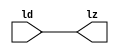

//------> /home/raid7_4/raid1_1/linux/mentor/Catapult/2023.2/Mgc_home/pkgs/siflibs/mgc_io_sync_v2.v 
//------------------------------------------------------------------------------
// Catapult Synthesis - Sample I/O Port Library
//
// Copyright (c) 2003-2017 Mentor Graphics Corp.
//       All Rights Reserved
//
// This document may be used and distributed without restriction provided that
// this copyright statement is not removed from the file and that any derivative
// work contains this copyright notice.
//
// The design information contained in this file is intended to be an example
// of the functionality which the end user may study in preparation for creating
// their own custom interfaces. This design does not necessarily present a 
// complete implementation of the named protocol or standard.
//
//------------------------------------------------------------------------------


module mgc_io_sync_v2 (ld, lz);
    parameter valid = 0;

    input  ld;
    output lz;

    wire   lz;

    assign lz = ld;

endmodule


//------> ./rtl.v 
// ----------------------------------------------------------------------
//  HLS HDL:        Verilog Netlister
//  HLS Version:    2023.2/1059873 Production Release
//  HLS Date:       Mon Aug  7 10:54:31 PDT 2023
// 
//  Generated by:   r12016@cad40
//  Generated date: Thu Jun 13 02:36:44 2024
// ----------------------------------------------------------------------

// 
// ------------------------------------------------------------------
//  Design Unit:    UNET_IP_maxpool_Xilinx_RAMS_BLOCK_1R1W_RBW_wport_en_2_15_12_32768_1_32768_12_1_gen
// ------------------------------------------------------------------


module UNET_IP_maxpool_Xilinx_RAMS_BLOCK_1R1W_RBW_wport_en_2_15_12_32768_1_32768_12_1_gen
    (
  clken, we, d, wadr, clken_d, d_d, wadr_d, we_d, writeA_w_ram_ir_internal_WMASK_B_d
);
  output clken;
  output we;
  output [11:0] d;
  output [14:0] wadr;
  input clken_d;
  input [11:0] d_d;
  input [14:0] wadr_d;
  input we_d;
  input writeA_w_ram_ir_internal_WMASK_B_d;



  // Interconnect Declarations for Component Instantiations 
  assign clken = (clken_d);
  assign we = (writeA_w_ram_ir_internal_WMASK_B_d);
  assign d = (d_d);
  assign wadr = (wadr_d);
endmodule

// ------------------------------------------------------------------
//  Design Unit:    UNET_IP_maxpool_Xilinx_RAMS_BLOCK_1R1W_RBW_rport_en_1_15_12_32768_1_32768_12_1_gen
// ------------------------------------------------------------------


module UNET_IP_maxpool_Xilinx_RAMS_BLOCK_1R1W_RBW_rport_en_1_15_12_32768_1_32768_12_1_gen
    (
  clken, q, re, radr, clken_d, q_d, radr_d, re_d, readA_r_ram_ir_internal_RMASK_B_d
);
  output clken;
  input [11:0] q;
  output re;
  output [14:0] radr;
  input clken_d;
  output [11:0] q_d;
  input [14:0] radr_d;
  input re_d;
  input readA_r_ram_ir_internal_RMASK_B_d;



  // Interconnect Declarations for Component Instantiations 
  assign clken = (clken_d);
  assign q_d = q;
  assign re = (readA_r_ram_ir_internal_RMASK_B_d);
  assign radr = (radr_d);
endmodule

// ------------------------------------------------------------------
//  Design Unit:    UNET_IP_maxpool_run_max_run_max_fsm
//  FSM Module
// ------------------------------------------------------------------


module UNET_IP_maxpool_run_max_run_max_fsm (
  clk, rst, arst_n, fsm_output, main_C_1_tr0, LOOP_CH_C_0_tr0, LOOP_HEIGHT_C_0_tr0,
      LOOP_WIDTH_C_0_tr0, LOOP_Y_C_0_tr0, LOOP_X_C_0_tr0, LOOP_WIDTH_C_3_tr0, LOOP_HEIGHT_C_1_tr0,
      LOOP_CH_C_1_tr0
);
  input clk;
  input rst;
  input arst_n;
  output [12:0] fsm_output;
  reg [12:0] fsm_output;
  input main_C_1_tr0;
  input LOOP_CH_C_0_tr0;
  input LOOP_HEIGHT_C_0_tr0;
  input LOOP_WIDTH_C_0_tr0;
  input LOOP_Y_C_0_tr0;
  input LOOP_X_C_0_tr0;
  input LOOP_WIDTH_C_3_tr0;
  input LOOP_HEIGHT_C_1_tr0;
  input LOOP_CH_C_1_tr0;


  // FSM State Type Declaration for UNET_IP_maxpool_run_max_run_max_fsm_1
  parameter
    main_C_0 = 4'd0,
    main_C_1 = 4'd1,
    LOOP_CH_C_0 = 4'd2,
    LOOP_HEIGHT_C_0 = 4'd3,
    LOOP_WIDTH_C_0 = 4'd4,
    LOOP_Y_C_0 = 4'd5,
    LOOP_X_C_0 = 4'd6,
    LOOP_WIDTH_C_1 = 4'd7,
    LOOP_WIDTH_C_2 = 4'd8,
    LOOP_WIDTH_C_3 = 4'd9,
    LOOP_HEIGHT_C_1 = 4'd10,
    LOOP_CH_C_1 = 4'd11,
    main_C_2 = 4'd12;

  reg [3:0] state_var;
  reg [3:0] state_var_NS;


  // Interconnect Declarations for Component Instantiations 
  always @(*)
  begin : UNET_IP_maxpool_run_max_run_max_fsm_1
    case (state_var)
      main_C_1 : begin
        fsm_output = 13'b0000000000010;
        if ( main_C_1_tr0 ) begin
          state_var_NS = main_C_2;
        end
        else begin
          state_var_NS = LOOP_CH_C_0;
        end
      end
      LOOP_CH_C_0 : begin
        fsm_output = 13'b0000000000100;
        if ( LOOP_CH_C_0_tr0 ) begin
          state_var_NS = LOOP_CH_C_1;
        end
        else begin
          state_var_NS = LOOP_HEIGHT_C_0;
        end
      end
      LOOP_HEIGHT_C_0 : begin
        fsm_output = 13'b0000000001000;
        if ( LOOP_HEIGHT_C_0_tr0 ) begin
          state_var_NS = LOOP_HEIGHT_C_1;
        end
        else begin
          state_var_NS = LOOP_WIDTH_C_0;
        end
      end
      LOOP_WIDTH_C_0 : begin
        fsm_output = 13'b0000000010000;
        if ( LOOP_WIDTH_C_0_tr0 ) begin
          state_var_NS = LOOP_WIDTH_C_1;
        end
        else begin
          state_var_NS = LOOP_Y_C_0;
        end
      end
      LOOP_Y_C_0 : begin
        fsm_output = 13'b0000000100000;
        if ( LOOP_Y_C_0_tr0 ) begin
          state_var_NS = LOOP_X_C_0;
        end
        else begin
          state_var_NS = LOOP_Y_C_0;
        end
      end
      LOOP_X_C_0 : begin
        fsm_output = 13'b0000001000000;
        if ( LOOP_X_C_0_tr0 ) begin
          state_var_NS = LOOP_WIDTH_C_1;
        end
        else begin
          state_var_NS = LOOP_Y_C_0;
        end
      end
      LOOP_WIDTH_C_1 : begin
        fsm_output = 13'b0000010000000;
        state_var_NS = LOOP_WIDTH_C_2;
      end
      LOOP_WIDTH_C_2 : begin
        fsm_output = 13'b0000100000000;
        state_var_NS = LOOP_WIDTH_C_3;
      end
      LOOP_WIDTH_C_3 : begin
        fsm_output = 13'b0001000000000;
        if ( LOOP_WIDTH_C_3_tr0 ) begin
          state_var_NS = LOOP_HEIGHT_C_1;
        end
        else begin
          state_var_NS = LOOP_WIDTH_C_0;
        end
      end
      LOOP_HEIGHT_C_1 : begin
        fsm_output = 13'b0010000000000;
        if ( LOOP_HEIGHT_C_1_tr0 ) begin
          state_var_NS = LOOP_CH_C_1;
        end
        else begin
          state_var_NS = LOOP_HEIGHT_C_0;
        end
      end
      LOOP_CH_C_1 : begin
        fsm_output = 13'b0100000000000;
        if ( LOOP_CH_C_1_tr0 ) begin
          state_var_NS = main_C_2;
        end
        else begin
          state_var_NS = LOOP_CH_C_0;
        end
      end
      main_C_2 : begin
        fsm_output = 13'b1000000000000;
        state_var_NS = main_C_0;
      end
      // main_C_0
      default : begin
        fsm_output = 13'b0000000000001;
        state_var_NS = main_C_1;
      end
    endcase
  end

  always @(posedge clk or negedge arst_n) begin
    if ( ~ arst_n ) begin
      state_var <= main_C_0;
    end
    else if ( rst ) begin
      state_var <= main_C_0;
    end
    else begin
      state_var <= state_var_NS;
    end
  end

endmodule

// ------------------------------------------------------------------
//  Design Unit:    UNET_IP_maxpool_run_max
// ------------------------------------------------------------------


module UNET_IP_maxpool_run_max (
  clk, rst, arst_n, input_triosy_lz, output_triosy_lz, channels, height, width, pool_size,
      stride, input_rsci_q_d, input_rsci_radr_d, output_rsci_d_d, output_rsci_wadr_d,
      input_rsci_re_d_pff, output_rsci_we_d_pff
);
  input clk;
  input rst;
  input arst_n;
  output input_triosy_lz;
  output output_triosy_lz;
  input [6:0] channels;
  input [6:0] height;
  input [6:0] width;
  input [2:0] pool_size;
  input [2:0] stride;
  input [11:0] input_rsci_q_d;
  output [14:0] input_rsci_radr_d;
  wire [15:0] nl_input_rsci_radr_d;
  output [11:0] output_rsci_d_d;
  output [14:0] output_rsci_wadr_d;
  wire [15:0] nl_output_rsci_wadr_d;
  output input_rsci_re_d_pff;
  output output_rsci_we_d_pff;


  // Interconnect Declarations
  wire [12:0] fsm_output;
  wire and_dcpl_20;
  wire or_dcpl_21;
  reg LOOP_Y_stage_0;
  wire exit_LOOP_CH_sva_mx0;
  wire exit_LOOP_HEIGHT_sva_mx0;
  wire exit_LOOP_X_sva_mx0;
  reg [2:0] y_sva;
  reg [2:0] x_sva;
  reg exit_LOOP_Y_sva_st_2;
  reg LOOP_Y_stage_0_3;
  reg LOOP_Y_stage_0_2;
  reg exit_LOOP_Y_sva_st_1;
  reg LOOP_Y_land_lpi_6_dfm_1;
  reg LOOP_Y_stage_0_4;
  reg LOOP_Y_asn_3_itm_3;
  reg LOOP_Y_land_lpi_6_dfm_3;
  reg LOOP_Y_land_lpi_6_dfm_2;
  reg reg_input_triosy_obj_ld_cse;
  wire nor_13_cse;
  wire or_23_cse;
  reg [11:0] max_val_13_2_lpi_5;
  reg [13:0] LOOP_WIDTH_acc_6_itm;
  wire [14:0] nl_LOOP_WIDTH_acc_6_itm;
  reg [13:0] LOOP_WIDTH_mul_1_itm;
  wire [13:0] z_out_4;
  wire [14:0] z_out_5;
  wire [20:0] nl_z_out_5;
  reg [6:0] c_sva;
  reg [11:0] max_val_13_2_lpi_3;
  reg [6:0] i_sva;
  reg [6:0] j_sva;
  reg [9:0] LOOP_Y_if_acc_2_itm_1;
  wire [10:0] nl_LOOP_Y_if_acc_2_itm_1;
  reg [2:0] LOOP_Y_else_asn_itm_1;
  wire [6:0] c_sva_2;
  wire [7:0] nl_c_sva_2;
  wire [6:0] i_sva_2;
  wire [7:0] nl_i_sva_2;
  wire [6:0] j_sva_2;
  wire [7:0] nl_j_sva_2;
  wire [2:0] x_sva_2;
  wire [3:0] nl_x_sva_2;
  wire [9:0] LOOP_Y_if_mul_4_ncse_sva_1;
  reg [14:0] reg_LOOP_Y_if_acc_4_itm_1_cse;
  wire [15:0] nl_reg_LOOP_Y_if_acc_4_itm_1_cse;
  wire x_or_cse;
  wire LOOP_Y_else_if_acc_itm_12_1;
  wire LOOP_Y_acc_2_itm_3_1;
  reg z_out_6;
  reg z_out_5_1;
  reg z_out_4_1;
  reg z_out_3;
  reg z_out_2;
  reg z_out_1;
  reg z_out_0;
  reg reg_out_width_ftd;
  reg reg_out_width_ftd_1;
  reg reg_out_width_ftd_2;
  reg reg_out_width_ftd_3;
  reg reg_out_width_ftd_4;
  reg reg_out_width_ftd_5;
  reg reg_out_width_ftd_6;
  wire nand_ssc;
  reg reg_out_height_ftd;
  reg reg_out_height_ftd_1;
  reg reg_out_height_ftd_2;
  reg reg_out_height_ftd_3;
  reg reg_out_height_ftd_4;
  reg reg_out_height_ftd_5;
  reg reg_out_height_ftd_6;

  wire and_58_nl;
  wire max_val_and_nl;
  wire not_73_nl;
  wire LOOP_Y_mux_4_nl;
  wire LOOP_Y_aelse_LOOP_Y_aelse_and_nl;
  wire[7:0] LOOP_WIDTH_acc_7_nl;
  wire[8:0] nl_LOOP_WIDTH_acc_7_nl;
  wire[2:0] LOOP_Y_acc_1_nl;
  wire[3:0] nl_LOOP_Y_acc_1_nl;
  wire[14:0] LOOP_Y_if_mul_5_nl;
  wire[16:0] nl_LOOP_Y_if_mul_5_nl;
  wire[9:0] LOOP_Y_if_mux_5_nl;
  wire[9:0] LOOP_Y_else_acc_7_nl;
  wire[10:0] nl_LOOP_Y_else_acc_7_nl;
  wire and_146_nl;
  wire[6:0] LOOP_Y_if_mux_6_nl;
  wire[7:0] LOOP_CH_acc_2_nl;
  wire[8:0] nl_LOOP_CH_acc_2_nl;
  wire[7:0] LOOP_CH_acc_3_nl;
  wire[8:0] nl_LOOP_CH_acc_3_nl;
  wire[7:0] LOOP_HEIGHT_acc_2_nl;
  wire[8:0] nl_LOOP_HEIGHT_acc_2_nl;
  wire[7:0] LOOP_HEIGHT_acc_3_nl;
  wire[8:0] nl_LOOP_HEIGHT_acc_3_nl;
  wire[3:0] LOOP_X_acc_2_nl;
  wire[4:0] nl_LOOP_X_acc_2_nl;
  wire[3:0] LOOP_X_acc_3_nl;
  wire[4:0] nl_LOOP_X_acc_3_nl;
  wire[12:0] LOOP_Y_else_if_acc_nl;
  wire[3:0] LOOP_Y_acc_2_nl;
  wire[4:0] nl_LOOP_Y_acc_2_nl;
  wire[3:0] LOOP_Y_if_LOOP_Y_if_and_1_nl;
  wire[2:0] LOOP_Y_if_mux_7_nl;
  wire[6:0] LOOP_Y_if_mux_8_nl;

  // Interconnect Declarations for Component Instantiations 
  wire[7:0] LOOP_WIDTH_acc_5_nl;
  wire[8:0] nl_LOOP_WIDTH_acc_5_nl;
  wire  nl_UNET_IP_maxpool_run_max_run_max_fsm_inst_LOOP_HEIGHT_C_0_tr0;
  assign nl_LOOP_WIDTH_acc_5_nl = ({1'b1 , (~ reg_out_width_ftd) , (~ reg_out_width_ftd_1)
      , (~ reg_out_width_ftd_2) , (~ reg_out_width_ftd_3) , (~ reg_out_width_ftd_4)
      , (~ reg_out_width_ftd_5) , (~ reg_out_width_ftd_6)}) + 8'b00000001;
  assign LOOP_WIDTH_acc_5_nl = nl_LOOP_WIDTH_acc_5_nl[7:0];
  assign nl_UNET_IP_maxpool_run_max_run_max_fsm_inst_LOOP_HEIGHT_C_0_tr0 = ~ (readslicef_8_1_7(LOOP_WIDTH_acc_5_nl));
  wire  nl_UNET_IP_maxpool_run_max_run_max_fsm_inst_LOOP_Y_C_0_tr0;
  assign nl_UNET_IP_maxpool_run_max_run_max_fsm_inst_LOOP_Y_C_0_tr0 = ~(LOOP_Y_stage_0_3
      | LOOP_Y_stage_0_2 | LOOP_Y_stage_0);
  mgc_io_sync_v2 #(.valid(32'sd0)) input_triosy_obj (
      .ld(reg_input_triosy_obj_ld_cse),
      .lz(input_triosy_lz)
    );
  mgc_io_sync_v2 #(.valid(32'sd0)) output_triosy_obj (
      .ld(reg_input_triosy_obj_ld_cse),
      .lz(output_triosy_lz)
    );
  UNET_IP_maxpool_run_max_run_max_fsm UNET_IP_maxpool_run_max_run_max_fsm_inst (
      .clk(clk),
      .rst(rst),
      .arst_n(arst_n),
      .fsm_output(fsm_output),
      .main_C_1_tr0(exit_LOOP_CH_sva_mx0),
      .LOOP_CH_C_0_tr0(exit_LOOP_HEIGHT_sva_mx0),
      .LOOP_HEIGHT_C_0_tr0(nl_UNET_IP_maxpool_run_max_run_max_fsm_inst_LOOP_HEIGHT_C_0_tr0),
      .LOOP_WIDTH_C_0_tr0(exit_LOOP_X_sva_mx0),
      .LOOP_Y_C_0_tr0(nl_UNET_IP_maxpool_run_max_run_max_fsm_inst_LOOP_Y_C_0_tr0),
      .LOOP_X_C_0_tr0(exit_LOOP_X_sva_mx0),
      .LOOP_WIDTH_C_3_tr0(LOOP_Y_stage_0),
      .LOOP_HEIGHT_C_1_tr0(exit_LOOP_HEIGHT_sva_mx0),
      .LOOP_CH_C_1_tr0(exit_LOOP_CH_sva_mx0)
    );
  assign nor_13_cse = ~(LOOP_Y_else_if_acc_itm_12_1 | LOOP_Y_land_lpi_6_dfm_3);
  assign or_23_cse = (fsm_output[1]) | (fsm_output[11]);
  assign nand_ssc = ~(and_dcpl_20 & (~ (fsm_output[1])));
  assign x_or_cse = (fsm_output[4]) | (fsm_output[6]);
  assign nl_LOOP_CH_acc_2_nl = ({1'b1 , (~ channels)}) + 8'b00000001;
  assign LOOP_CH_acc_2_nl = nl_LOOP_CH_acc_2_nl[7:0];
  assign nl_LOOP_CH_acc_3_nl = ({1'b1 , c_sva_2}) + conv_u2u_7_8(~ channels) + 8'b00000001;
  assign LOOP_CH_acc_3_nl = nl_LOOP_CH_acc_3_nl[7:0];
  assign exit_LOOP_CH_sva_mx0 = MUX_s_1_2_2((~ (readslicef_8_1_7(LOOP_CH_acc_2_nl))),
      (~ (readslicef_8_1_7(LOOP_CH_acc_3_nl))), fsm_output[11]);
  assign nl_c_sva_2 = c_sva + 7'b0000001;
  assign c_sva_2 = nl_c_sva_2[6:0];
  assign nl_LOOP_HEIGHT_acc_2_nl = ({1'b1 , (~ reg_out_height_ftd) , (~ reg_out_height_ftd_1)
      , (~ reg_out_height_ftd_2) , (~ reg_out_height_ftd_3) , (~ reg_out_height_ftd_4)
      , (~ reg_out_height_ftd_5) , (~ reg_out_height_ftd_6)}) + 8'b00000001;
  assign LOOP_HEIGHT_acc_2_nl = nl_LOOP_HEIGHT_acc_2_nl[7:0];
  assign nl_LOOP_HEIGHT_acc_3_nl = ({1'b1 , i_sva_2}) + conv_u2u_7_8({(~ reg_out_height_ftd)
      , (~ reg_out_height_ftd_1) , (~ reg_out_height_ftd_2) , (~ reg_out_height_ftd_3)
      , (~ reg_out_height_ftd_4) , (~ reg_out_height_ftd_5) , (~ reg_out_height_ftd_6)})
      + 8'b00000001;
  assign LOOP_HEIGHT_acc_3_nl = nl_LOOP_HEIGHT_acc_3_nl[7:0];
  assign exit_LOOP_HEIGHT_sva_mx0 = MUX_s_1_2_2((~ (readslicef_8_1_7(LOOP_HEIGHT_acc_2_nl))),
      (~ (readslicef_8_1_7(LOOP_HEIGHT_acc_3_nl))), fsm_output[10]);
  assign nl_i_sva_2 = i_sva + 7'b0000001;
  assign i_sva_2 = nl_i_sva_2[6:0];
  assign nl_j_sva_2 = j_sva + 7'b0000001;
  assign j_sva_2 = nl_j_sva_2[6:0];
  assign nl_LOOP_X_acc_2_nl = ({1'b1 , (~ pool_size)}) + 4'b0001;
  assign LOOP_X_acc_2_nl = nl_LOOP_X_acc_2_nl[3:0];
  assign nl_LOOP_X_acc_3_nl = ({1'b1 , x_sva_2}) + conv_u2u_3_4(~ pool_size) + 4'b0001;
  assign LOOP_X_acc_3_nl = nl_LOOP_X_acc_3_nl[3:0];
  assign exit_LOOP_X_sva_mx0 = MUX_s_1_2_2((~ (readslicef_4_1_3(LOOP_X_acc_2_nl))),
      (~ (readslicef_4_1_3(LOOP_X_acc_3_nl))), fsm_output[6]);
  assign nl_x_sva_2 = x_sva + 3'b001;
  assign x_sva_2 = nl_x_sva_2[2:0];
  assign LOOP_Y_if_mul_4_ncse_sva_1 = j_sva * stride;
  assign LOOP_Y_else_if_acc_nl = $signed(max_val_13_2_lpi_3) - $signed(input_rsci_q_d);
  assign LOOP_Y_else_if_acc_itm_12_1 = readslicef_13_1_12(LOOP_Y_else_if_acc_nl);
  assign and_dcpl_20 = ~((fsm_output[0]) | (fsm_output[12]));
  assign or_dcpl_21 = (fsm_output[9]) | (fsm_output[6]) | (fsm_output[8]);
  assign nl_LOOP_Y_acc_2_nl = ({1'b1 , y_sva}) + conv_u2u_3_4(~ pool_size) + 4'b0001;
  assign LOOP_Y_acc_2_nl = nl_LOOP_Y_acc_2_nl[3:0];
  assign LOOP_Y_acc_2_itm_3_1 = readslicef_4_1_3(LOOP_Y_acc_2_nl);
  assign nl_input_rsci_radr_d = reg_LOOP_Y_if_acc_4_itm_1_cse + z_out_5;
  assign input_rsci_radr_d = nl_input_rsci_radr_d[14:0];
  assign input_rsci_re_d_pff = (~ exit_LOOP_Y_sva_st_2) & LOOP_Y_stage_0_3 & (fsm_output[5]);
  assign output_rsci_d_d = max_val_13_2_lpi_5;
  assign nl_output_rsci_wadr_d = conv_u2u_14_15(LOOP_WIDTH_acc_6_itm) + z_out_5;
  assign output_rsci_wadr_d = nl_output_rsci_wadr_d[14:0];
  assign output_rsci_we_d_pff = fsm_output[8];
  always @(posedge clk) begin
    if ( ~ and_dcpl_20 ) begin
      reg_out_width_ftd <= z_out_6;
    end
  end
  always @(posedge clk) begin
    if ( ~ and_dcpl_20 ) begin
      reg_out_width_ftd_1 <= z_out_5_1;
    end
  end
  always @(posedge clk) begin
    if ( ~ and_dcpl_20 ) begin
      reg_out_width_ftd_2 <= z_out_4_1;
    end
  end
  always @(posedge clk) begin
    if ( ~ and_dcpl_20 ) begin
      reg_out_width_ftd_3 <= z_out_3;
    end
  end
  always @(posedge clk) begin
    if ( ~ and_dcpl_20 ) begin
      reg_out_width_ftd_4 <= z_out_2;
    end
  end
  always @(posedge clk) begin
    if ( ~ and_dcpl_20 ) begin
      reg_out_width_ftd_5 <= z_out_1;
    end
  end
  always @(posedge clk) begin
    if ( ~ and_dcpl_20 ) begin
      reg_out_width_ftd_6 <= z_out_0;
    end
  end
  always @(posedge clk) begin
    if ( (~(((fsm_output[9:5]==5'b00000)) | ((nor_13_cse | LOOP_Y_asn_3_itm_3 | (~
        LOOP_Y_stage_0_4)) & (fsm_output[5])))) | (fsm_output[4]) ) begin
      max_val_13_2_lpi_3 <= MUX_v_12_2_2(max_val_13_2_lpi_5, input_rsci_q_d, and_58_nl);
    end
  end
  always @(posedge clk or negedge arst_n) begin
    if ( ~ arst_n ) begin
      reg_input_triosy_obj_ld_cse <= 1'b0;
      LOOP_Y_asn_3_itm_3 <= 1'b0;
      LOOP_Y_land_lpi_6_dfm_3 <= 1'b0;
      exit_LOOP_Y_sva_st_2 <= 1'b0;
      exit_LOOP_Y_sva_st_1 <= 1'b0;
      y_sva <= 3'b000;
      LOOP_Y_stage_0_2 <= 1'b0;
      LOOP_Y_stage_0_3 <= 1'b0;
      LOOP_Y_stage_0_4 <= 1'b0;
      LOOP_Y_land_lpi_6_dfm_2 <= 1'b0;
      LOOP_Y_land_lpi_6_dfm_1 <= 1'b0;
    end
    else if ( rst ) begin
      reg_input_triosy_obj_ld_cse <= 1'b0;
      LOOP_Y_asn_3_itm_3 <= 1'b0;
      LOOP_Y_land_lpi_6_dfm_3 <= 1'b0;
      exit_LOOP_Y_sva_st_2 <= 1'b0;
      exit_LOOP_Y_sva_st_1 <= 1'b0;
      y_sva <= 3'b000;
      LOOP_Y_stage_0_2 <= 1'b0;
      LOOP_Y_stage_0_3 <= 1'b0;
      LOOP_Y_stage_0_4 <= 1'b0;
      LOOP_Y_land_lpi_6_dfm_2 <= 1'b0;
      LOOP_Y_land_lpi_6_dfm_1 <= 1'b0;
    end
    else begin
      reg_input_triosy_obj_ld_cse <= exit_LOOP_CH_sva_mx0 & or_23_cse;
      LOOP_Y_asn_3_itm_3 <= exit_LOOP_Y_sva_st_2;
      LOOP_Y_land_lpi_6_dfm_3 <= LOOP_Y_land_lpi_6_dfm_2;
      exit_LOOP_Y_sva_st_2 <= exit_LOOP_Y_sva_st_1;
      exit_LOOP_Y_sva_st_1 <= ~ LOOP_Y_acc_2_itm_3_1;
      y_sva <= MUX_v_3_2_2(3'b000, LOOP_Y_acc_1_nl, (fsm_output[5]));
      LOOP_Y_stage_0_2 <= LOOP_Y_stage_0 & (fsm_output[5]);
      LOOP_Y_stage_0_3 <= LOOP_Y_stage_0_2 & (fsm_output[5]);
      LOOP_Y_stage_0_4 <= LOOP_Y_stage_0_3 & (fsm_output[5]);
      LOOP_Y_land_lpi_6_dfm_2 <= LOOP_Y_land_lpi_6_dfm_1;
      LOOP_Y_land_lpi_6_dfm_1 <= ~((y_sva!=3'b000) | (x_sva!=3'b000));
    end
  end
  always @(posedge clk) begin
    if ( or_23_cse ) begin
      c_sva <= MUX_v_7_2_2(7'b0000000, c_sva_2, (fsm_output[11]));
    end
  end
  always @(posedge clk) begin
    if ( nand_ssc ) begin
      reg_out_height_ftd <= z_out_6;
      reg_out_height_ftd_1 <= z_out_5_1;
      reg_out_height_ftd_2 <= z_out_4_1;
      reg_out_height_ftd_3 <= z_out_3;
      reg_out_height_ftd_4 <= z_out_2;
      reg_out_height_ftd_5 <= z_out_1;
      reg_out_height_ftd_6 <= z_out_0;
    end
  end
  always @(posedge clk) begin
    if ( (fsm_output[10]) | (fsm_output[2]) ) begin
      i_sva <= MUX_v_7_2_2(7'b0000000, i_sva_2, (fsm_output[10]));
    end
  end
  always @(posedge clk) begin
    if ( ~(or_dcpl_21 | (fsm_output[4]) | (fsm_output[7])) ) begin
      max_val_13_2_lpi_5 <= MUX_v_12_2_2(max_val_13_2_lpi_3, input_rsci_q_d, max_val_and_nl);
    end
  end
  always @(posedge clk) begin
    if ( ~(or_dcpl_21 | (fsm_output[5:4]!=2'b00)) ) begin
      j_sva <= MUX_v_7_2_2(7'b0000000, j_sva_2, not_73_nl);
    end
  end
  always @(posedge clk or negedge arst_n) begin
    if ( ~ arst_n ) begin
      x_sva <= 3'b000;
    end
    else if ( rst ) begin
      x_sva <= 3'b000;
    end
    else if ( x_or_cse ) begin
      x_sva <= MUX_v_3_2_2(3'b000, x_sva_2, (fsm_output[6]));
    end
  end
  always @(posedge clk or negedge arst_n) begin
    if ( ~ arst_n ) begin
      LOOP_Y_stage_0 <= 1'b0;
    end
    else if ( rst ) begin
      LOOP_Y_stage_0 <= 1'b0;
    end
    else if ( x_or_cse | (fsm_output[5]) | (fsm_output[7]) ) begin
      LOOP_Y_stage_0 <= LOOP_Y_mux_4_nl | x_or_cse;
    end
  end
  always @(posedge clk) begin
    reg_LOOP_Y_if_acc_4_itm_1_cse <= nl_reg_LOOP_Y_if_acc_4_itm_1_cse[14:0];
    LOOP_Y_else_asn_itm_1 <= y_sva;
    LOOP_Y_if_acc_2_itm_1 <= nl_LOOP_Y_if_acc_2_itm_1[9:0];
    LOOP_WIDTH_mul_1_itm <= c_sva * LOOP_Y_if_mux_6_nl;
    LOOP_WIDTH_acc_6_itm <= nl_LOOP_WIDTH_acc_6_itm[13:0];
  end
  assign and_58_nl = (LOOP_Y_else_if_acc_itm_12_1 | LOOP_Y_land_lpi_6_dfm_3) & (~
      LOOP_Y_asn_3_itm_3) & LOOP_Y_stage_0_4 & (fsm_output[5]);
  assign nl_LOOP_Y_acc_1_nl = y_sva + 3'b001;
  assign LOOP_Y_acc_1_nl = nl_LOOP_Y_acc_1_nl[2:0];
  assign max_val_and_nl = (~((nor_13_cse | LOOP_Y_asn_3_itm_3) & LOOP_Y_stage_0_4))
      & (fsm_output[5]);
  assign not_73_nl = ~ (fsm_output[3]);
  assign LOOP_Y_aelse_LOOP_Y_aelse_and_nl = LOOP_Y_stage_0 & LOOP_Y_acc_2_itm_3_1;
  assign nl_LOOP_WIDTH_acc_7_nl = ({1'b1 , j_sva_2}) + conv_u2u_7_8({(~ reg_out_width_ftd)
      , (~ reg_out_width_ftd_1) , (~ reg_out_width_ftd_2) , (~ reg_out_width_ftd_3)
      , (~ reg_out_width_ftd_4) , (~ reg_out_width_ftd_5) , (~ reg_out_width_ftd_6)})
      + 8'b00000001;
  assign LOOP_WIDTH_acc_7_nl = nl_LOOP_WIDTH_acc_7_nl[7:0];
  assign LOOP_Y_mux_4_nl = MUX_s_1_2_2(LOOP_Y_aelse_LOOP_Y_aelse_and_nl, (~ (readslicef_8_1_7(LOOP_WIDTH_acc_7_nl))),
      fsm_output[7]);
  assign nl_LOOP_Y_if_mul_5_nl = LOOP_Y_if_acc_2_itm_1 * width;
  assign LOOP_Y_if_mul_5_nl = nl_LOOP_Y_if_mul_5_nl[14:0];
  assign nl_LOOP_Y_else_acc_7_nl = LOOP_Y_if_mul_4_ncse_sva_1 + conv_u2u_3_10(LOOP_Y_else_asn_itm_1);
  assign LOOP_Y_else_acc_7_nl = nl_LOOP_Y_else_acc_7_nl[9:0];
  assign and_146_nl = (~ LOOP_Y_land_lpi_6_dfm_1) & (fsm_output[5]);
  assign LOOP_Y_if_mux_5_nl = MUX_v_10_2_2(LOOP_Y_if_mul_4_ncse_sva_1, LOOP_Y_else_acc_7_nl,
      and_146_nl);
  assign nl_reg_LOOP_Y_if_acc_4_itm_1_cse  = LOOP_Y_if_mul_5_nl + conv_u2u_10_15(LOOP_Y_if_mux_5_nl);
  assign nl_LOOP_Y_if_acc_2_itm_1  = (z_out_4[9:0]) + conv_u2u_3_10(x_sva);
  assign LOOP_Y_if_mux_6_nl = MUX_v_7_2_2(height, ({reg_out_height_ftd , reg_out_height_ftd_1
      , reg_out_height_ftd_2 , reg_out_height_ftd_3 , reg_out_height_ftd_4 , reg_out_height_ftd_5
      , reg_out_height_ftd_6}), fsm_output[7]);
  assign nl_LOOP_WIDTH_acc_6_itm  = z_out_4 + conv_u2u_7_14(j_sva);
  always @(width or height or fsm_output or stride)
  begin : mgc_div_7_3_0_b0_line_26
    // Interconnect Declarations
    reg [3:0] divmod6448_2_diff_1;
    reg [3:0] divmod6448_2_diff_2;
    reg [3:0] divmod6448_2_diff_3;
    reg [3:0] divmod6448_2_diff_4;
    reg [3:0] divmod6448_2_diff_5;
    reg [3:0] divmod6448_2_diff_6;
    reg divmod6448_2_lbuf_8_3;
    reg divmod6448_2_lbuf_8_4;
    reg divmod6448_2_lbuf_8_5;
    reg divmod6448_2_lbuf_8_6;
    reg divmod6448_2_lbuf_7_2;
    reg divmod6448_2_lbuf_7_3;
    reg divmod6448_2_lbuf_7_4;
    reg divmod6448_2_lbuf_7_5;
    reg divmod6448_2_lbuf_7_6;
    reg divmod6448_2_lbuf_6;
    reg divmod6448_2_lbuf_6_1;
    reg divmod6448_2_lbuf_6_2;
    reg divmod6448_2_lbuf_6_3;
    reg divmod6448_2_lbuf_6_4;
    reg slc_fsm_output_1_5_ssc;
    reg divmod6448_2_lbuf_6_5;
    reg [5:0] divmod6448_2_lbuf_5_0;

    reg[3:0] divmod6448_2_loop951_7_acc_1_nl;
    reg[5:0] nl_divmod6448_2_loop951_7_acc_1_nl;
    slc_fsm_output_1_5_ssc = fsm_output[1];
    divmod6448_2_lbuf_5_0 = MUX_v_6_2_2((width[5:0]), (height[5:0]), slc_fsm_output_1_5_ssc);
    divmod6448_2_lbuf_6_5 = MUX_s_1_2_2((width[6]), (height[6]), slc_fsm_output_1_5_ssc);
    divmod6448_2_diff_1 = conv_u2u_1_4(divmod6448_2_lbuf_6_5) + ({1'b1 , (~ stride)})
        + 4'b0001;
    if ( divmod6448_2_diff_1[3] ) begin
    end
    else begin
      divmod6448_2_lbuf_6_5 = divmod6448_2_diff_1[0];
    end
    divmod6448_2_lbuf_7_2 = divmod6448_2_lbuf_6_5;
    divmod6448_2_lbuf_6 = divmod6448_2_lbuf_5_0[5];
    divmod6448_2_diff_2 = conv_u2u_2_4({divmod6448_2_lbuf_6_5 , (divmod6448_2_lbuf_5_0[5])})
        + ({1'b1 , (~ stride)}) + 4'b0001;
    if ( divmod6448_2_diff_2[3] ) begin
    end
    else begin
      divmod6448_2_lbuf_7_2 = divmod6448_2_diff_2[1];
      divmod6448_2_lbuf_6 = divmod6448_2_diff_2[0];
    end
    divmod6448_2_lbuf_8_3 = divmod6448_2_lbuf_7_2;
    divmod6448_2_lbuf_7_3 = divmod6448_2_lbuf_6;
    divmod6448_2_lbuf_6_1 = divmod6448_2_lbuf_5_0[4];
    divmod6448_2_diff_3 = conv_u2u_3_4({divmod6448_2_lbuf_7_2 , divmod6448_2_lbuf_6
        , (divmod6448_2_lbuf_5_0[4])}) + ({1'b1 , (~ stride)}) + 4'b0001;
    if ( divmod6448_2_diff_3[3] ) begin
    end
    else begin
      divmod6448_2_lbuf_7_3 = divmod6448_2_diff_3[1];
      divmod6448_2_lbuf_8_3 = divmod6448_2_diff_3[2];
      divmod6448_2_lbuf_6_1 = divmod6448_2_diff_3[0];
    end
    divmod6448_2_lbuf_8_4 = divmod6448_2_lbuf_7_3;
    divmod6448_2_lbuf_7_4 = divmod6448_2_lbuf_6_1;
    divmod6448_2_lbuf_6_2 = divmod6448_2_lbuf_5_0[3];
    divmod6448_2_diff_4 = ({divmod6448_2_lbuf_8_3 , divmod6448_2_lbuf_7_3 , divmod6448_2_lbuf_6_1
        , (divmod6448_2_lbuf_5_0[3])}) + ({1'b1 , (~ stride)}) + 4'b0001;
    if ( divmod6448_2_diff_4[3] ) begin
    end
    else begin
      divmod6448_2_lbuf_7_4 = divmod6448_2_diff_4[1];
      divmod6448_2_lbuf_8_4 = divmod6448_2_diff_4[2];
      divmod6448_2_lbuf_6_2 = divmod6448_2_diff_4[0];
    end
    divmod6448_2_lbuf_8_5 = divmod6448_2_lbuf_7_4;
    divmod6448_2_lbuf_7_5 = divmod6448_2_lbuf_6_2;
    divmod6448_2_lbuf_6_3 = divmod6448_2_lbuf_5_0[2];
    divmod6448_2_diff_5 = ({divmod6448_2_lbuf_8_4 , divmod6448_2_lbuf_7_4 , divmod6448_2_lbuf_6_2
        , (divmod6448_2_lbuf_5_0[2])}) + ({1'b1 , (~ stride)}) + 4'b0001;
    if ( divmod6448_2_diff_5[3] ) begin
    end
    else begin
      divmod6448_2_lbuf_7_5 = divmod6448_2_diff_5[1];
      divmod6448_2_lbuf_8_5 = divmod6448_2_diff_5[2];
      divmod6448_2_lbuf_6_3 = divmod6448_2_diff_5[0];
    end
    divmod6448_2_lbuf_8_6 = divmod6448_2_lbuf_7_5;
    divmod6448_2_lbuf_7_6 = divmod6448_2_lbuf_6_3;
    divmod6448_2_lbuf_6_4 = divmod6448_2_lbuf_5_0[1];
    divmod6448_2_diff_6 = ({divmod6448_2_lbuf_8_5 , divmod6448_2_lbuf_7_5 , divmod6448_2_lbuf_6_3
        , (divmod6448_2_lbuf_5_0[1])}) + ({1'b1 , (~ stride)}) + 4'b0001;
    if ( divmod6448_2_diff_6[3] ) begin
    end
    else begin
      divmod6448_2_lbuf_7_6 = divmod6448_2_diff_6[1];
      divmod6448_2_lbuf_8_6 = divmod6448_2_diff_6[2];
      divmod6448_2_lbuf_6_4 = divmod6448_2_diff_6[0];
    end
    z_out_3 = ~ (divmod6448_2_diff_4[3]);
    z_out_2 = ~ (divmod6448_2_diff_5[3]);
    z_out_4_1 = ~ (divmod6448_2_diff_3[3]);
    z_out_1 = ~ (divmod6448_2_diff_6[3]);
    z_out_5_1 = ~ (divmod6448_2_diff_2[3]);
    nl_divmod6448_2_loop951_7_acc_1_nl = ({divmod6448_2_lbuf_8_6 , divmod6448_2_lbuf_7_6
        , divmod6448_2_lbuf_6_4 , (divmod6448_2_lbuf_5_0[0])}) + ({1'b1 , (~ stride)})
        + 4'b0001;
    divmod6448_2_loop951_7_acc_1_nl = nl_divmod6448_2_loop951_7_acc_1_nl[3:0];
    z_out_0 = ~ (readslicef_4_1_3(divmod6448_2_loop951_7_acc_1_nl));
    z_out_6 = ~ (divmod6448_2_diff_1[3]);
  end

  assign LOOP_Y_if_LOOP_Y_if_and_1_nl = MUX_v_4_2_2(4'b0000, ({reg_out_width_ftd
      , reg_out_width_ftd_1 , reg_out_width_ftd_2 , reg_out_width_ftd_3}), (fsm_output[7]));
  assign LOOP_Y_if_mux_7_nl = MUX_v_3_2_2(stride, ({reg_out_width_ftd_4 , reg_out_width_ftd_5
      , reg_out_width_ftd_6}), fsm_output[7]);
  assign z_out_4 = i_sva * ({LOOP_Y_if_LOOP_Y_if_and_1_nl , LOOP_Y_if_mux_7_nl});
  assign LOOP_Y_if_mux_8_nl = MUX_v_7_2_2(width, ({reg_out_width_ftd , reg_out_width_ftd_1
      , reg_out_width_ftd_2 , reg_out_width_ftd_3 , reg_out_width_ftd_4 , reg_out_width_ftd_5
      , reg_out_width_ftd_6}), fsm_output[8]);
  assign nl_z_out_5 = LOOP_Y_if_mux_8_nl * LOOP_WIDTH_mul_1_itm;
  assign z_out_5 = nl_z_out_5[14:0];

  function automatic  MUX_s_1_2_2;
    input  input_0;
    input  input_1;
    input  sel;
    reg  result;
  begin
    case (sel)
      1'b0 : begin
        result = input_0;
      end
      default : begin
        result = input_1;
      end
    endcase
    MUX_s_1_2_2 = result;
  end
  endfunction


  function automatic [9:0] MUX_v_10_2_2;
    input [9:0] input_0;
    input [9:0] input_1;
    input  sel;
    reg [9:0] result;
  begin
    case (sel)
      1'b0 : begin
        result = input_0;
      end
      default : begin
        result = input_1;
      end
    endcase
    MUX_v_10_2_2 = result;
  end
  endfunction


  function automatic [11:0] MUX_v_12_2_2;
    input [11:0] input_0;
    input [11:0] input_1;
    input  sel;
    reg [11:0] result;
  begin
    case (sel)
      1'b0 : begin
        result = input_0;
      end
      default : begin
        result = input_1;
      end
    endcase
    MUX_v_12_2_2 = result;
  end
  endfunction


  function automatic [2:0] MUX_v_3_2_2;
    input [2:0] input_0;
    input [2:0] input_1;
    input  sel;
    reg [2:0] result;
  begin
    case (sel)
      1'b0 : begin
        result = input_0;
      end
      default : begin
        result = input_1;
      end
    endcase
    MUX_v_3_2_2 = result;
  end
  endfunction


  function automatic [3:0] MUX_v_4_2_2;
    input [3:0] input_0;
    input [3:0] input_1;
    input  sel;
    reg [3:0] result;
  begin
    case (sel)
      1'b0 : begin
        result = input_0;
      end
      default : begin
        result = input_1;
      end
    endcase
    MUX_v_4_2_2 = result;
  end
  endfunction


  function automatic [5:0] MUX_v_6_2_2;
    input [5:0] input_0;
    input [5:0] input_1;
    input  sel;
    reg [5:0] result;
  begin
    case (sel)
      1'b0 : begin
        result = input_0;
      end
      default : begin
        result = input_1;
      end
    endcase
    MUX_v_6_2_2 = result;
  end
  endfunction


  function automatic [6:0] MUX_v_7_2_2;
    input [6:0] input_0;
    input [6:0] input_1;
    input  sel;
    reg [6:0] result;
  begin
    case (sel)
      1'b0 : begin
        result = input_0;
      end
      default : begin
        result = input_1;
      end
    endcase
    MUX_v_7_2_2 = result;
  end
  endfunction


  function automatic [0:0] readslicef_13_1_12;
    input [12:0] vector;
    reg [12:0] tmp;
  begin
    tmp = vector >> 12;
    readslicef_13_1_12 = tmp[0:0];
  end
  endfunction


  function automatic [0:0] readslicef_4_1_3;
    input [3:0] vector;
    reg [3:0] tmp;
  begin
    tmp = vector >> 3;
    readslicef_4_1_3 = tmp[0:0];
  end
  endfunction


  function automatic [0:0] readslicef_8_1_7;
    input [7:0] vector;
    reg [7:0] tmp;
  begin
    tmp = vector >> 7;
    readslicef_8_1_7 = tmp[0:0];
  end
  endfunction


  function automatic [3:0] conv_u2u_1_4 ;
    input [0:0]  vector ;
  begin
    conv_u2u_1_4 = {{3{1'b0}}, vector};
  end
  endfunction


  function automatic [3:0] conv_u2u_2_4 ;
    input [1:0]  vector ;
  begin
    conv_u2u_2_4 = {{2{1'b0}}, vector};
  end
  endfunction


  function automatic [3:0] conv_u2u_3_4 ;
    input [2:0]  vector ;
  begin
    conv_u2u_3_4 = {1'b0, vector};
  end
  endfunction


  function automatic [9:0] conv_u2u_3_10 ;
    input [2:0]  vector ;
  begin
    conv_u2u_3_10 = {{7{1'b0}}, vector};
  end
  endfunction


  function automatic [7:0] conv_u2u_7_8 ;
    input [6:0]  vector ;
  begin
    conv_u2u_7_8 = {1'b0, vector};
  end
  endfunction


  function automatic [13:0] conv_u2u_7_14 ;
    input [6:0]  vector ;
  begin
    conv_u2u_7_14 = {{7{1'b0}}, vector};
  end
  endfunction


  function automatic [14:0] conv_u2u_10_15 ;
    input [9:0]  vector ;
  begin
    conv_u2u_10_15 = {{5{1'b0}}, vector};
  end
  endfunction


  function automatic [14:0] conv_u2u_14_15 ;
    input [13:0]  vector ;
  begin
    conv_u2u_14_15 = {1'b0, vector};
  end
  endfunction

endmodule

// ------------------------------------------------------------------
//  Design Unit:    UNET_IP_maxpool
// ------------------------------------------------------------------


module UNET_IP_maxpool (
  clk, rst, arst_n, input_rsc_radr, input_rsc_re, input_rsc_q, input_rsc_clken, input_triosy_lz,
      output_rsc_wadr, output_rsc_d, output_rsc_we, output_rsc_clken, output_triosy_lz,
      channels, height, width, pool_size, stride
);
  input clk;
  input rst;
  input arst_n;
  output [14:0] input_rsc_radr;
  output input_rsc_re;
  input [11:0] input_rsc_q;
  output input_rsc_clken;
  output input_triosy_lz;
  output [14:0] output_rsc_wadr;
  output [11:0] output_rsc_d;
  output output_rsc_we;
  output output_rsc_clken;
  output output_triosy_lz;
  input [6:0] channels;
  input [6:0] height;
  input [6:0] width;
  input [2:0] pool_size;
  input [2:0] stride;


  // Interconnect Declarations
  wire [11:0] input_rsci_q_d;
  wire [14:0] input_rsci_radr_d;
  wire [11:0] output_rsci_d_d;
  wire [14:0] output_rsci_wadr_d;
  wire input_rsci_re_d_iff;
  wire output_rsci_we_d_iff;


  // Interconnect Declarations for Component Instantiations 
  UNET_IP_maxpool_Xilinx_RAMS_BLOCK_1R1W_RBW_rport_en_1_15_12_32768_1_32768_12_1_gen
      input_rsci (
      .clken(input_rsc_clken),
      .q(input_rsc_q),
      .re(input_rsc_re),
      .radr(input_rsc_radr),
      .clken_d(1'b1),
      .q_d(input_rsci_q_d),
      .radr_d(input_rsci_radr_d),
      .re_d(input_rsci_re_d_iff),
      .readA_r_ram_ir_internal_RMASK_B_d(input_rsci_re_d_iff)
    );
  UNET_IP_maxpool_Xilinx_RAMS_BLOCK_1R1W_RBW_wport_en_2_15_12_32768_1_32768_12_1_gen
      output_rsci (
      .clken(output_rsc_clken),
      .we(output_rsc_we),
      .d(output_rsc_d),
      .wadr(output_rsc_wadr),
      .clken_d(1'b1),
      .d_d(output_rsci_d_d),
      .wadr_d(output_rsci_wadr_d),
      .we_d(output_rsci_we_d_iff),
      .writeA_w_ram_ir_internal_WMASK_B_d(output_rsci_we_d_iff)
    );
  UNET_IP_maxpool_run_max UNET_IP_maxpool_run_max_inst (
      .clk(clk),
      .rst(rst),
      .arst_n(arst_n),
      .input_triosy_lz(input_triosy_lz),
      .output_triosy_lz(output_triosy_lz),
      .channels(channels),
      .height(height),
      .width(width),
      .pool_size(pool_size),
      .stride(stride),
      .input_rsci_q_d(input_rsci_q_d),
      .input_rsci_radr_d(input_rsci_radr_d),
      .output_rsci_d_d(output_rsci_d_d),
      .output_rsci_wadr_d(output_rsci_wadr_d),
      .input_rsci_re_d_pff(input_rsci_re_d_iff),
      .output_rsci_we_d_pff(output_rsci_we_d_iff)
    );
endmodule